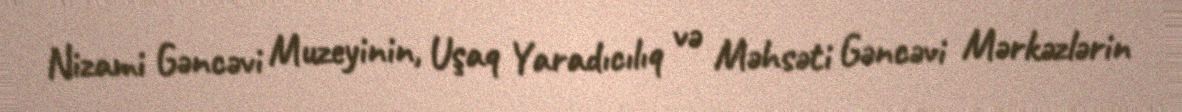
Nizami Gəncəvi Muzeyinin, Uşaq Yaradıcılıq və Məhsəti Gəncəvi Mərkəzlərin